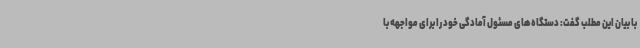
با بیان این مطلب گفت: دستگاه‌های مسئول آمادگی خود را برای مواجهه با